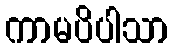
ကာမပိပါသာ